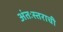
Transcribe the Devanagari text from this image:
अंतःस्तराची